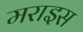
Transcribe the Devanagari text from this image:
मराइस